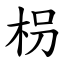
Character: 枴